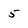
Character: 5